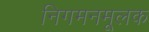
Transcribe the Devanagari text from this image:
निगमनमूलक